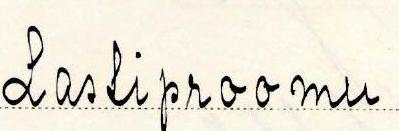
Lastiproomu